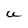
Character: U